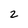
Character: 2